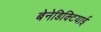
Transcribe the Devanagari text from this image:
बेनेडिक्टियाई